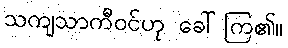
သကျသာကီဝင်ဟု ခေါ်ကြ၏။